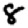
Digit: 8